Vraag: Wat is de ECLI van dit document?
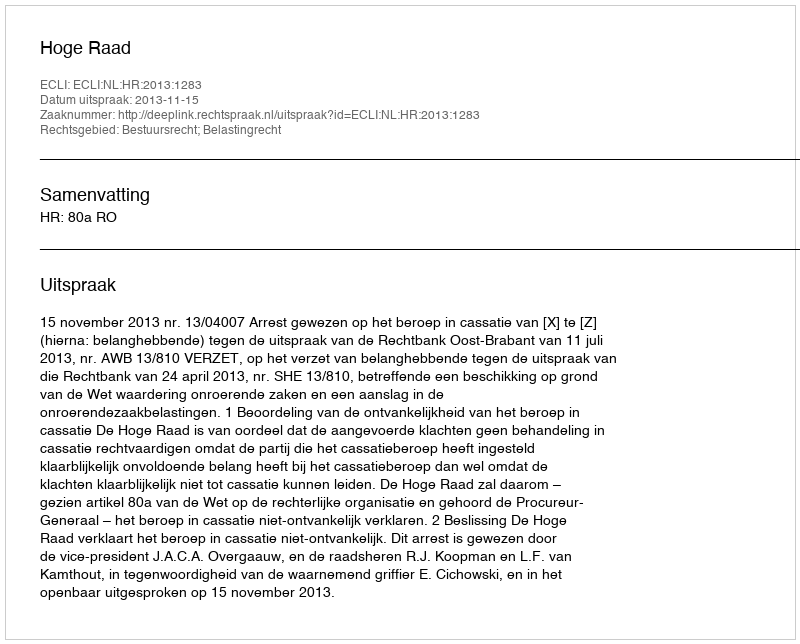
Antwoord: ECLI:NL:HR:2013:1283